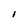
Character: I